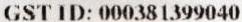
GST ID: 000381399040